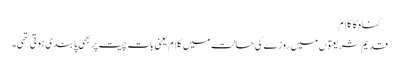
 گناہ کا کلام
قدیم شریعتوں میں روزے کی حالت میں کلام یعنی بات چیت پر بھی پابندی ہوتی تھی۔